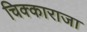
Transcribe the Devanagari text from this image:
चिक्काराजा